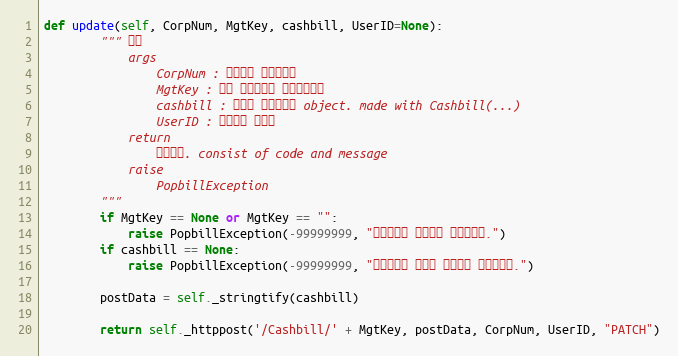
Language: Python
def update(self, CorpNum, MgtKey, cashbill, UserID=None):
        """ 수정
            args
                CorpNum : 팝빌회원 사업자번호
                MgtKey : 원본 현금영수증 문서관리번호
                cashbill : 수정할 현금영수증 object. made with Cashbill(...)
                UserID : 팝빌회원 아이디
            return
                처리결과. consist of code and message
            raise
                PopbillException
        """
        if MgtKey == None or MgtKey == "":
            raise PopbillException(-99999999, "관리번호가 입력되지 않았습니다.")
        if cashbill == None:
            raise PopbillException(-99999999, "현금영수증 정보가 입력되지 않았습니다.")

        postData = self._stringtify(cashbill)

        return self._httppost('/Cashbill/' + MgtKey, postData, CorpNum, UserID, "PATCH")